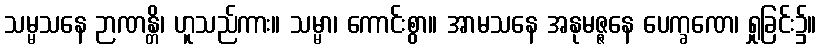
သမ္မသနေ ဉာဏန္တိ၊ ဟူသည်ကား။ သမ္မာ၊ ကောင်းစွာ။ အာမသနေ အနုမဇ္ဇနေ ပေက္ခဏေ၊ ရှုခြင်း၌။